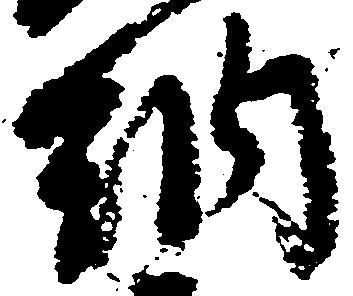
納